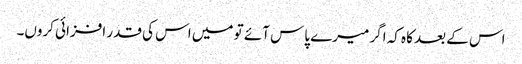
اس کے بعد کاہ کہ اگر میرے پاس آئے تو میں اس کی قدر افزائی کروں۔